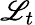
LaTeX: \mathscr{L}_{t}